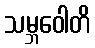
သမ္ဘဝေါတိ